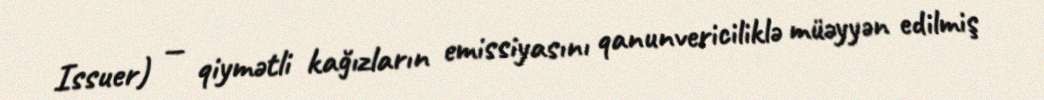
Issuer) — qiymətli kağızların emissiyasını qanunvericiliklə müəyyən edilmiş